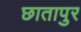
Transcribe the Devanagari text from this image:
छातापुर